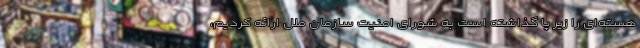
هسته‌ای را زیر پا گذاشته است به شورای امنیت سازمان ملل ارائه کردیم،